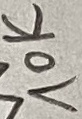
Text: 10K